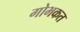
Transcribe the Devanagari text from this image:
गोभकत